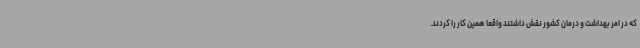
که در امر بهداشت و درمان کشور نقش داشتند واقعا همین کار را کردند.